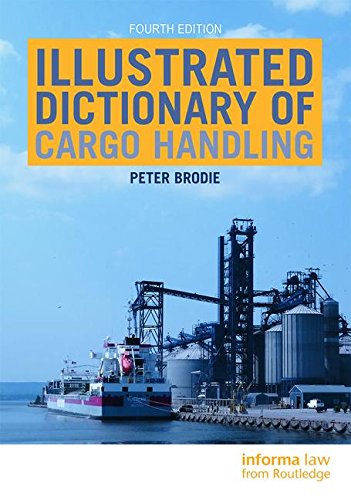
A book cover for Illustrated Dictionary of Cargo Handling; Peter Brodie; Law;